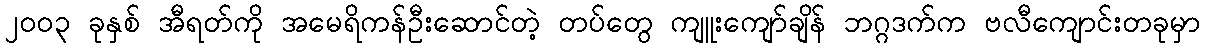
၂၀ဝ၃ ခုနှစ် အီရတ်ကို အမေရိကန်ဦးဆောင်တဲ့ တပ်တွေ ကျူးကျော်ချိန် ဘဂ္ဂဒက်က ဗလီကျောင်းတခုမှာ